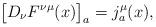
LaTeX: \begin{align*}\bigl[D_{\nu}F^{\nu\mu}(x)\bigr]_a=j_a^{\mu}(x),\end{align*}